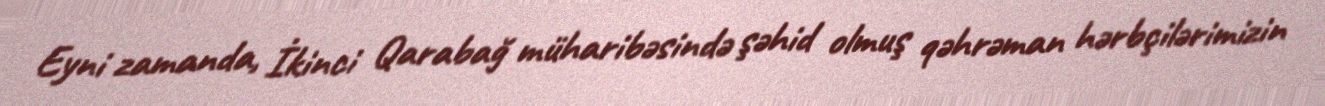
Eyni zamanda, İkinci Qarabağ müharibəsində şəhid olmuş qəhrəman hərbçilərimizin